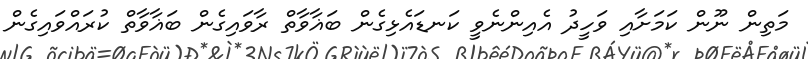
މަތިން ނޫން ކަމަށާއި ވަހީދު އެއިންނެވީ ކަނޑައެޅިގެން ބަޣާވާތް ރާވައިގެން ބަޣާވާތް ކުރައްވައިގެން